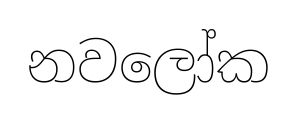
නවලෝක